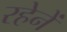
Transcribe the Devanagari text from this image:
रहेनें